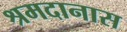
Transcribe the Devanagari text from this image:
श्रमदानास